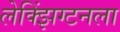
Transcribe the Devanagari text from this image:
लेक्झिंग्टनला